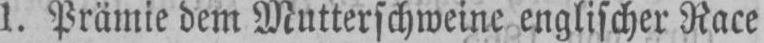
1. Prämie dem Mutterschweine englischer Race